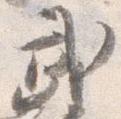
武